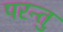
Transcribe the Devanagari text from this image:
परन्तु